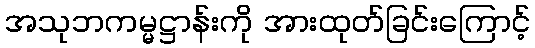
အသုဘကမ္မဋ္ဌာန်းကို အားထုတ်ခြင်းကြောင့်